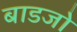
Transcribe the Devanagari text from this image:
बाडजो